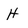
Character: H